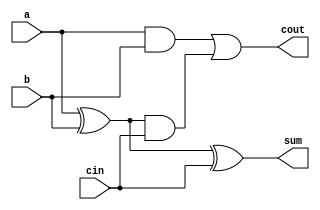
module full_adder(sum, cout, a, b, cin);
    output sum, cout;
    input  a, b, cin;
    wire   partial_s, partial_c1, partial_c2;

    xor x0(partial_s, a, b);
    xor x1(sum, partial_s, cin);
    and a0(partial_c1, a, b);
    and a1(partial_c2, partial_s, cin);
    or  o1(cout, partial_c1, partial_c2);
endmodule